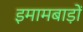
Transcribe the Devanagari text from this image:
इमामबाड़ों